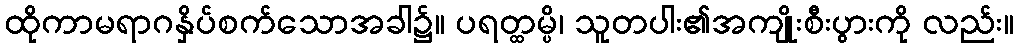
ထိုကာမရာဂနှိပ်စက်သောအခါ၌။ ပရတ္ထမ္ပိ၊ သူတပါး၏အကျိုးစီးပွားကို လည်း။